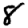
Digit: 8